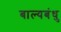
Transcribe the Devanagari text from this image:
बाल्यबंधु